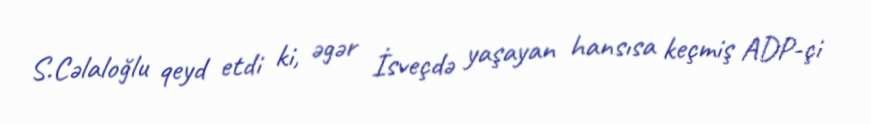
S.Cəlaloğlu qeyd etdi ki, əgər İsveçdə yaşayan hansısa keçmiş ADP-çi